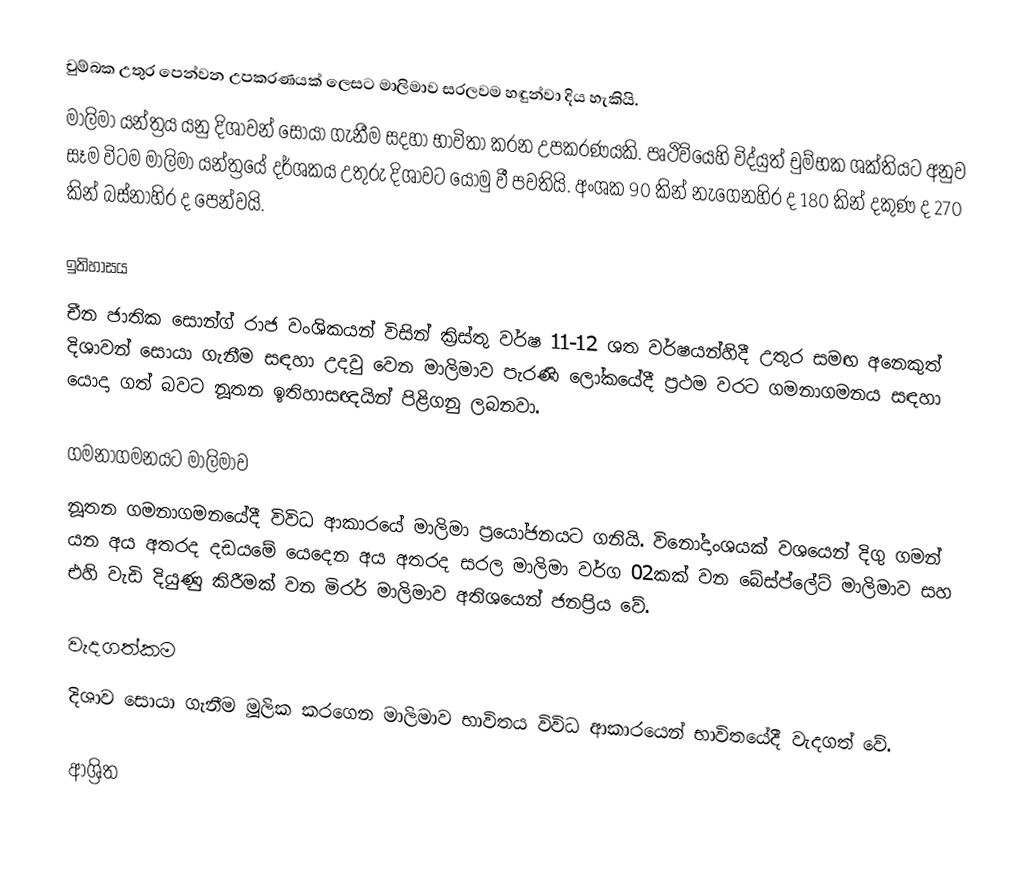
චුම්බක උතුර පෙන්වන උපකරණයක් ලෙසට මාලිමාව සරලවම හඳුන්වා දිය හැකියි.
මාලිමා යන්ත්‍රය යනු දිශාවන් සොයා ගැනීම සදහා භාවිතා කරන උපකරණයකි. පෘථිවියෙහි විද්යුත් චුම්භක ශක්තියට අනුව සෑම විටම මාලිමා යන්ත්‍රයේ දර්ශකය උතුරු දිශාවට යොමු වී පවතියි. අංශක 90 කින් නැගෙනහිර ද 180 කින් දකුණ ද 270 කින් බස්නාහිර ද පෙන්වයි.

ඉතිහාසය
චීන ජාතික සොන්ග් රාජ වංශිකයන් විසින් ක්‍රිස්තු වර්ෂ 11-12 ශත වර්ෂයන්හිදී උතුර සමඟ අනෙකුත් දිශාවන් සොයා ගැනීම සඳහා උදවු වෙන මාලිමාව පැරණි ලෝකයේදී ප්‍රථම වරට ගමනාගමනය සඳහා යොදා ගත් බවට නූතන ඉතිහාසඥයින් පිළිගනු ලබනවා.

ගමනාගමනයට මාලිමාව
නූතන ගමනාගමනයේදී විවිධ ආකාරයේ මාලිමා ප්‍රයෝජනයට ගනියි. විනෝදාංශයක් වශයෙන් දිගු ගමන් යන අය අතරද දඩයමේ යෙදෙන අය අතරද සරල මාලිමා වර්ග 02කක් වන බේස්ප්ලේට් මාලිමාව සහ එහි වැඩි දියුණු කිරීමක් වන මිරර් මාලිමාව අතිශයෙන් ජනප්‍රිය වේ.

වැදගත්කම
දිශාව සොයා ගැනීම මූලික කරගෙන මාලිමාව භාවිතය විවිධ ආකාරයෙන් භාවිතයේදී වැදගත් වේ.

ආශ්‍රිත